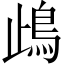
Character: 𩾰